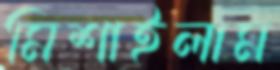
মিশাইলাম